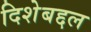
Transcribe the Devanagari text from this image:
दिशेबद्दल